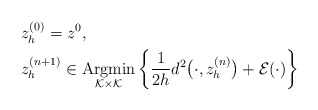
\begin{align*}\begin{aligned}& z_h^{(0)}=z^0, \\& z_h^{(n+1)}\in \underset{\mathcal{K}\times \mathcal{K}}{\mbox{Argmin}}\left\{\frac{1}{2h}d^2\big(\cdot,z_h^{(n)}\big)+\mathcal E(\cdot)\right\}\end{aligned}\end{align*}